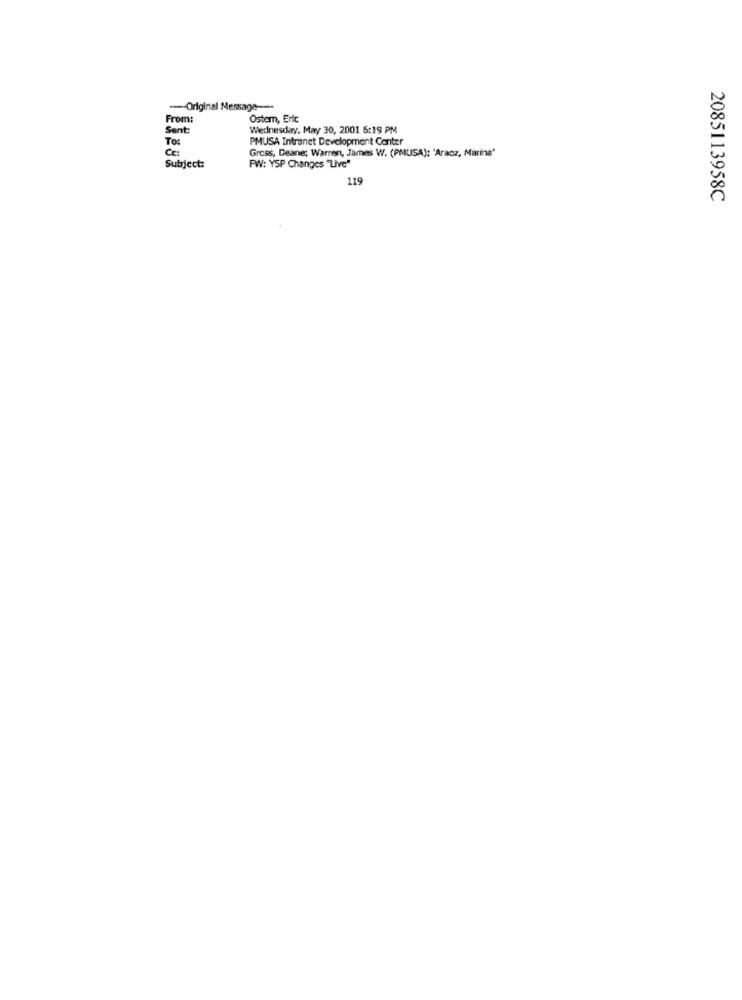
--- Original Message-
From:
Ostem, Eric
Sent:
Wednesday, May 30, 2001 6:19 PM
To:
PMUSA Intranet Development Center
Ce:
Gress, Deane; Warren, James W. (PMUSA); 'Aracz, Marina'
Subject:
FW: YSP Changes "Live"
119
2085113958C